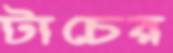
টাচের